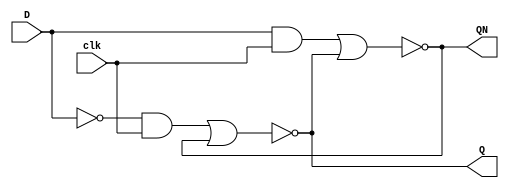
`ifndef __DLATCH__
 `define __DLATCH__

module Dlatch (D, clk, Q, QN);
   input D, clk;
   output Q, QN;

   wire [4:0] line;

   not not0(line[0], D);
   
   and and0(line[1], line[0], clk);
   and and1(line[2], D      , clk);

   nor nor0(line[3], line[1], line[4]);
   nor nor1(line[4], line[2], line[3]);

   assign Q  = line[3];
   assign QN = line[4];

endmodule

`endif